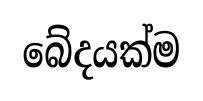
බේදයක්ම